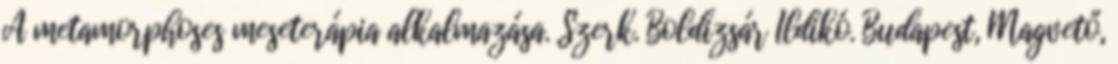
A metamorphoses meseterápia alkalmazása. Szerk. Boldizsár Ildikó. Budapest, Magvető,